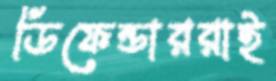
ডিফেন্ডাররাই